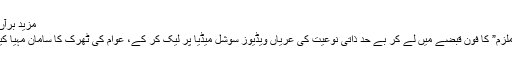
مزید برآں،
“ملزم” کا فون قبضے میں لے کر بے حد ذاتی نوعیت کی عریاں ویڈیوز سوشل میڈیا پر لیک کر کے، عوام کی ٹھرک کا سامان مہیا کیا۔